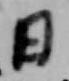
日